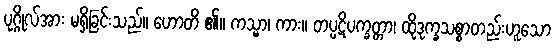
ပုဂ္ဂိုလ်အား မရှိခြင်းသည်။ ဟောတိ ၏။ ကသ္မာ၊ ကား။ တပ္ပဋိပက္ခတ္တာ၊ ထိုဒုက္ခသစ္စာတည်းဟူသော